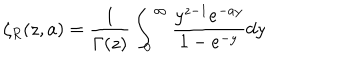
\zeta _ { R } ( z , a ) = { \frac { 1 } { \Gamma ( z ) } } \int _ { 0 } ^ { \infty } { \frac { y ^ { z - 1 } e ^ { - a y } } { 1 - e ^ { - y } } } d y